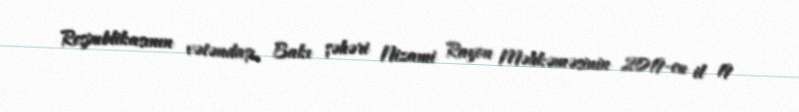
Respublikasının vətəndaşı, Bakı şəhəri Nizami Rayon Məhkəməsinin 2019-cu il 19